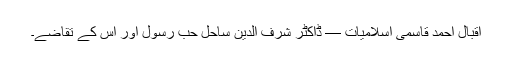
اقبال احمد قاسمی اسلامیات — ڈاکٹر شرف الدین ساحل حب رسولؐ اور اس کے تقاضے۔